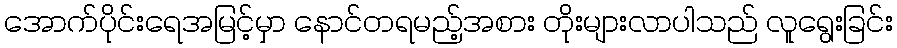
အောက်ပိုင်းရေအမြင့်မှာ နောင်တရမည့်အစား တိုးများလာပါသည် လူရွေးခြင်း